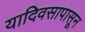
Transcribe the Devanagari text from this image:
यादिवसापासून